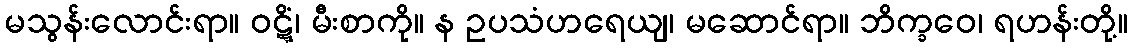
မသွန်းလောင်းရာ။ ဝဋ္ဋိံ၊ မီးစာကို။ န ဥပသံဟရေယျ၊ မဆောင်ရာ။ ဘိက္ခဝေ၊ ရဟန်းတို့။